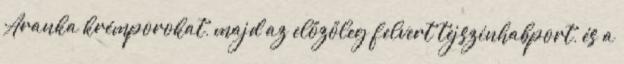
Aranka krémporokat, majd az előzőleg felvert tejszínhabport, és a